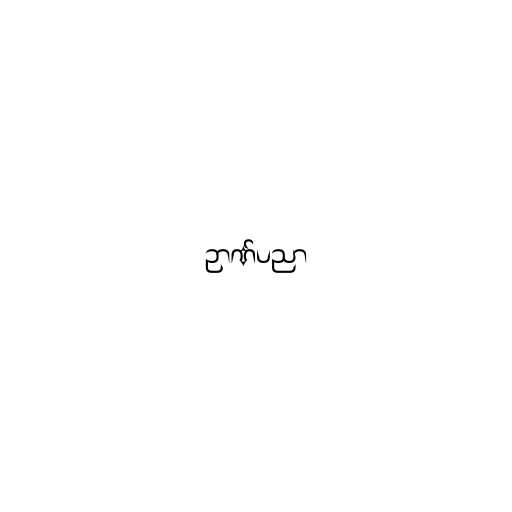
ဉာဏ်ပညာ